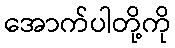
အောက်ပါတို့ကို